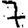
Digit: 7